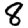
Digit: 8